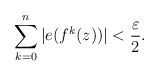
\begin{align*}\sum_{k=0}^n|e(f^k(z))|< \frac{\varepsilon}{2}.\end{align*}